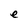
Character: e